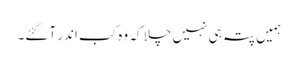
ہمیں پتہ ہی نہیں چلا کہ وہ کب اندر آگئے۔